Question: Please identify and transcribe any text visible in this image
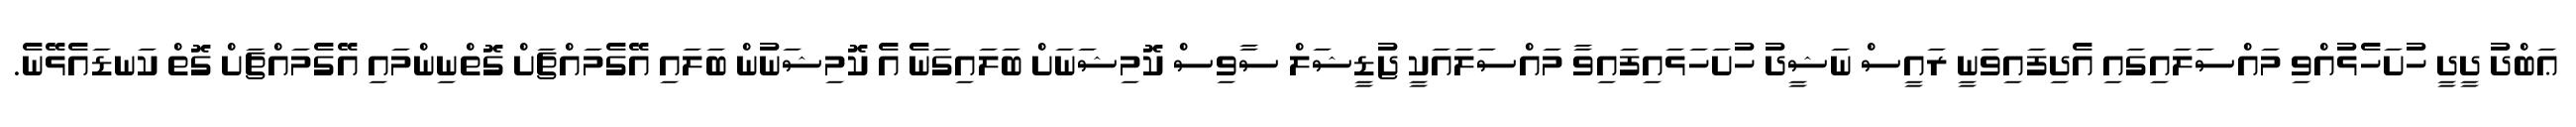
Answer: ޢަބްދު ދީދީ ހުށަހެޅުއްވި މައްސަލައިގައި އެދިފައިވަނީ ރައީސް ނަޝީދު ހުށަހަޅައިފައިވާ މައްސަލައަކީ ޖުޑީޝަލް ސާވިސް ކޮމިޝަނަށް ބަލައިގަނެ އެ ކޮމިޝަނުން ބަލައި އޭގެމައްޗަށް ގޮތްނިންމައި އޭގެމައްޗަށް ގޮތް ކަނޑައެޅޭނެ.